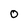
Character: 0